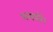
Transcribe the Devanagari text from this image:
शरारतें।